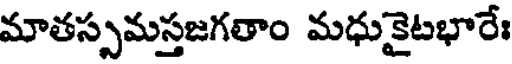
మాతస్పమస్తజగతాం మధుకైటభారేః